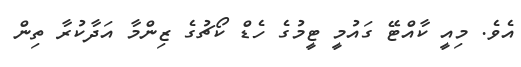
އެވެ. މިއީ ކާއްޓޭ ގައުމީ ޓީމުގެ ހެޑް ކޯޗުގެ ޒިންމާ އަދާކުރާ ތިން